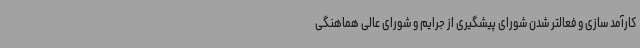
کارآمد سازی و فعالتر شدن شورای پیشگیری از جرایم و شورای عالی هماهنگی